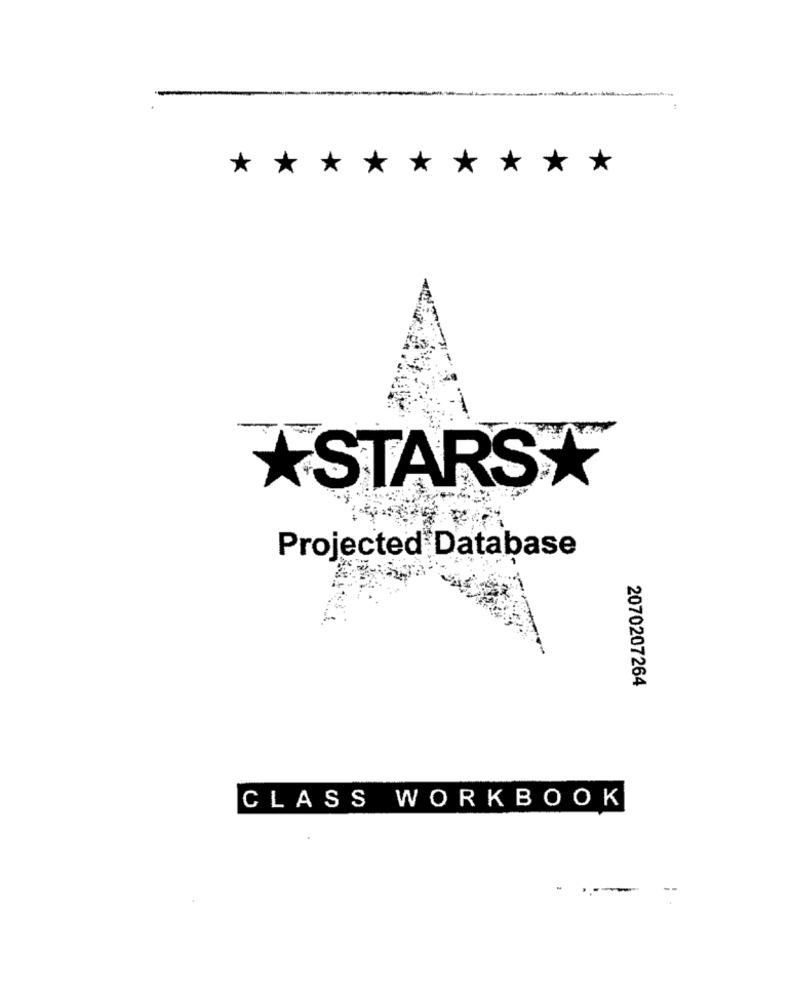
* *
*
*
*
***
STARS*
Projected Database
2070207264
CLASS WORKBOOK